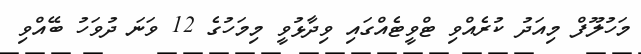
މަހުލޫފް މިއަދު ކުރެއްވި ޓްވީޓެއްގައި ވިދާޅުވީ މިމަހުގެ 12 ވަނަ ދުވަހު ބޭއްވި